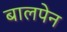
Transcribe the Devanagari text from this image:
बालपेन